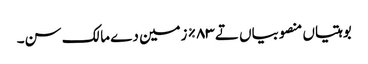
بوہتیاں منصوبیاں تے ٨٣% زمین دے مالک سن۔